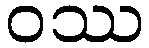
ဝဿ